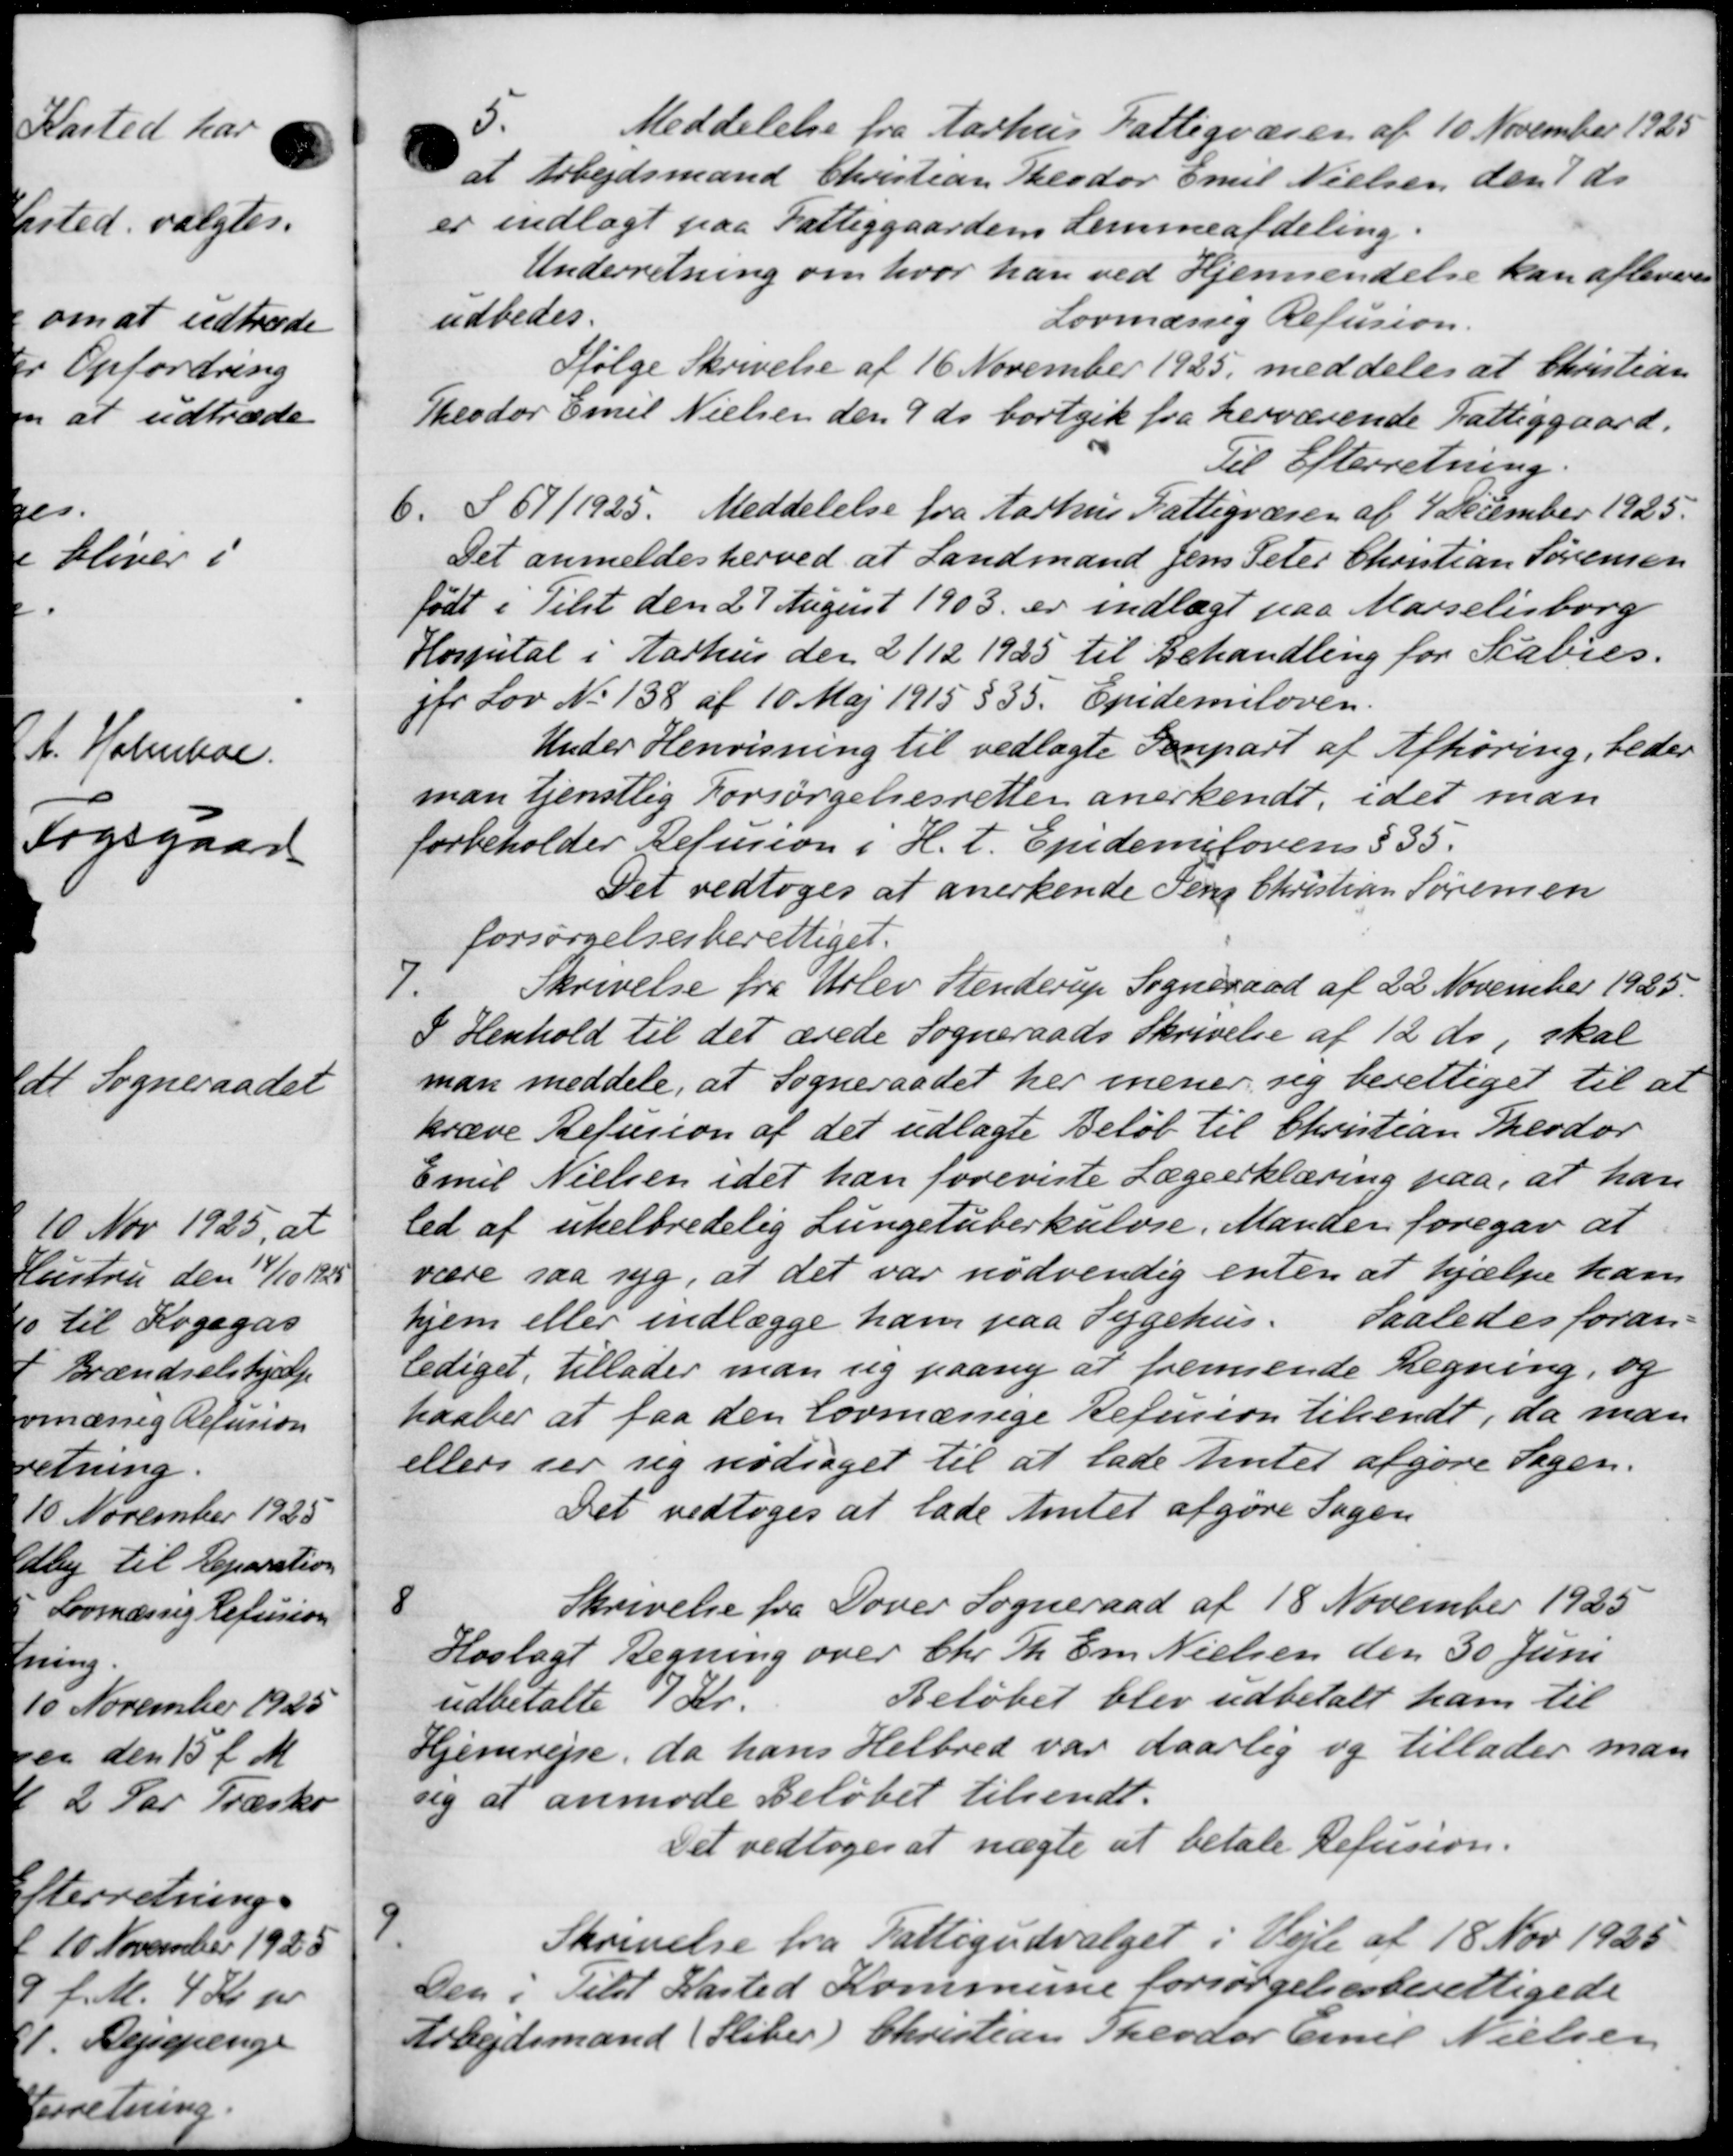
Transskription:
5.
Meddelelse fra Aarhus Fattigvæsen af 10 November 1925
at Arbejdsmand Christian Theodor Emil Nielsen den 1 ds.
er indlagt paa Fattiggaardens Lemmeafdeling.
Underretning om hvor han ved Hjemsendelse kan afleveres
udbedes.
Lovmæssig Refusion.
Ifølge Skrivelse af 16 November 1925, meddeles at Christian
Theodor Emil Nielsen den 9 ds bortgik fra herværende Fattiggaard.
Til Efterretning
6. § 67/1925. Meddelelse fra Aarhus Fattigvæsen af 4 December 1925.
Det anmeldes herved at Landmand Jens Peter Christian Sørensen
født i Tilst den 27 August 1903 er indlagt paa Marselisborg
Hospital i Aarhus den 2/12 1925 til Behandling for Scabies.
jfr Lov No 138 af 10 Maj 1915 § 35. Epidemiloven.
Under Henvisning til vedlagte Genpart af Afhøring, beder
man tjenstlig Forsørgelsesretten anerkendt, idet man
forbeholder Refusion i H. t. Epidemilovens § 35.
Det vedtoges at anerkende Jens Christian Sørensen
forsørgelsesberettiget.
Skrivelse fra Udlev Stenderup Sogneraad af 22 November 1925.
7.
I Henhold til det ærede Sogneraads Skrivelse af 12 ds, skal
man meddele, at Sogneraadet her mener sig berettiget til at
kræve Refusion af det udlagte Beløb til Christian Theodor
Emil Nielsen idet han foreviste Lægeerklæring paa, at han
led af uhelbredelig Lungetuberkulose. Manden foregav at
være saa syg, at det var nødvendig enten at hjælpe ham
hjem eller indlægge ham paa Sygehus. Saaledes foran
lediget, tillader man sig paany at fremsende Regning, og
haaber at faa den lovmæssige Refusion tilsendt, da man
ellers der sig nødsaget til at lade Amtet afgøre Sagen.
Det vedtoges at lade Amtet afgøre Sagen
Skrivelse fra Dover Sogneraad af 18 November 1925
8
Hoslagt Regning over Chr. Th. Em Nielsen den 30 Juni
udbetalte 7 Kr.
Beløbet blev udbetalt ham til
Hjemrejse, da hans Helbred var daarlig og tillader man
sig at anmode Beløbet tilsendt.
Det vedtoges at nægte at betale Refusion.
9.
Skrivelse fra Fattigudvalget i Vejle af 18 Nov 1925
Den i Tilst Kasted Kommune forsørgelsesberettigede
Arbejdsmand (Sliber) Christian Theodor Emil Nielsen